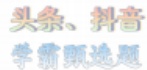
头条、抖音

学霸题选题